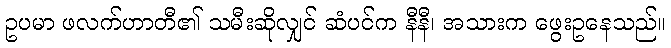
ဥပမာ ဖလက်ဟာတီ၏ သမီးဆိုလျှင် ဆံပင်က နီနီ၊ အသားက ဖွေးဥနေသည်။